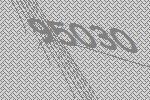
95030